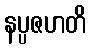
နပ္ပဇဟတိ